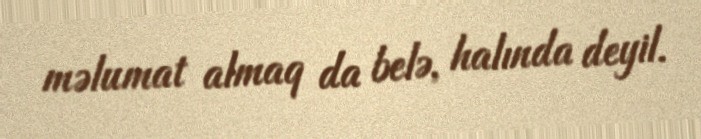
məlumat almaq da belə, halında deyil.